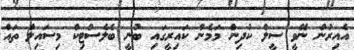
އެއިރުން ނޭވީ ސީލް ކުދިން މަމެން ކައިރީގައި ބުނީ ބެލެސްޓިކް މިސައިލް ތައް